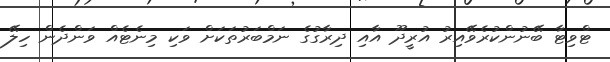
ޓްވިޓާ ބޭނުންކުރެވޭއިރު އުރީދޫ އާއި ދިރާގުގެ ނަމްބަރުތަކަށް ވަކި މިނެޓެއް ވަންދެން ހިލޭ